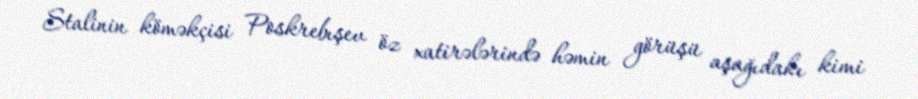
Stalinin köməkçisi Poskrebışev öz xatirələrində həmin görüşü aşağıdakı kimi